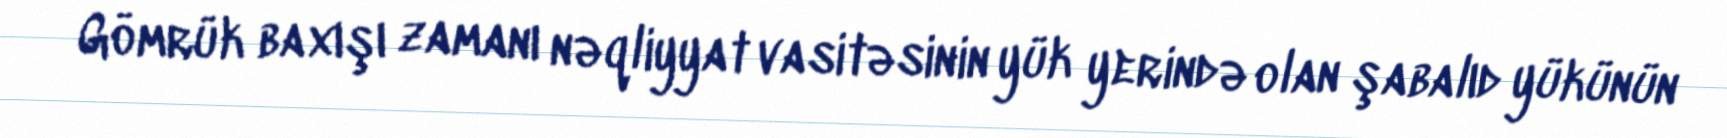
Gömrük baxışı zamanı nəqliyyat vasitəsinin yük yerində olan şabalıd yükünün